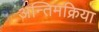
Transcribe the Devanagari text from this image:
अन्तिमक्रिया